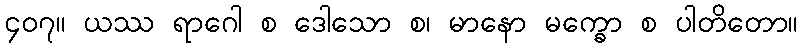
၄၀၇။ ယဿ ရာဂေါ စ ဒေါသော စ၊ မာနော မက္ခော စ ပါတိတော။